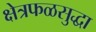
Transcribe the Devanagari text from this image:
क्षेत्रफळसुद्धा